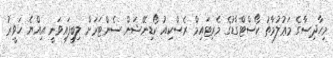
މިހާދިސާގެ މަޢުލުމާތު ކޯސްޓްގާޑުގެ މެރިޓައިމް ރެސްކިއު ކޯޑިނޭޝަން ސެންޓަރަށް ލިބިފައިވަނީ އިއްޔެ ހަވީރު